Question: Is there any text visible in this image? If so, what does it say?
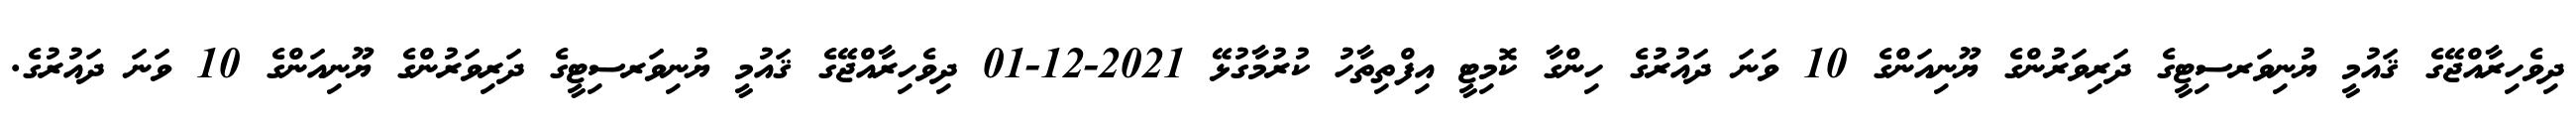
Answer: ދިވެހިރާއްޖޭގެ ޤައުމީ ޔުނިވަރސިޓީގެ ދަރިވަރުންގެ ޔޫނިއަންގެ 10 ވަނަ ދައުރުގެ ހިންގާ ކޮމިޓީ އިފްތިތާހު ކުރުމާގުޅޭ 2021-12-01 ދިވެހިރާއްޖޭގެ ޤައުމީ ޔުނިވަރސިޓީގެ ދަރިވަރުންގެ ޔޫނިއަންގެ 10 ވަނަ ދައުރުގެ.